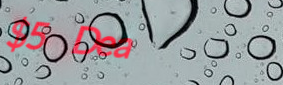
$5 Deal